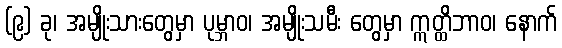
(၉) ခု၊ အမျိုးသားတွေမှာ ပုမ္ဘာဝ၊ အမျိုးသမီး တွေမှာ ဣတ္ထိဘာဝ၊ နောက်